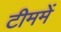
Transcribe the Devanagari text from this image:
टीममें